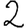
Digit: 2